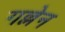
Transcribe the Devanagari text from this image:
गल्लेन